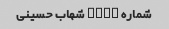
شماره NUM۱ شهاب حسینی